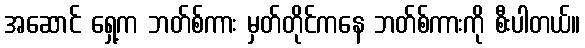
အဆောင် ရှေ့က ဘတ်စ်ကား မှတ်တိုင်ကနေ ဘတ်စ်ကားကို စီးပါတယ်။